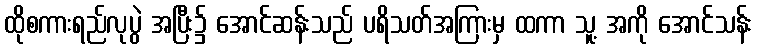
ထိုစကားရည်လုပွဲ အပြီး၌ အောင်ဆန်းသည် ပရိသတ်အကြားမှ ထကာ သူ့ အကို အောင်သန်း